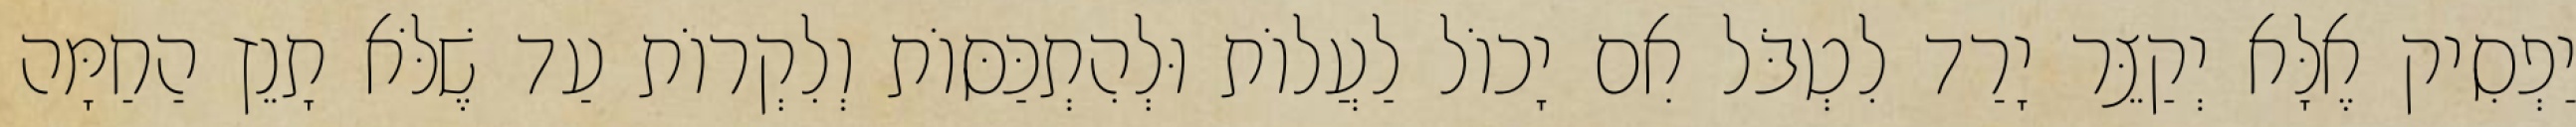
יַפְסִיק אֶלָּא יְקַצֵּר יָרַד לִטְבֹּל אִם יָכוֹל לַעֲלוֹת וּלְהִתְכַּסּוֹת וְלִקְרוֹת עַד שֶׁלֹּא תָנֵץ הַחַמָּה